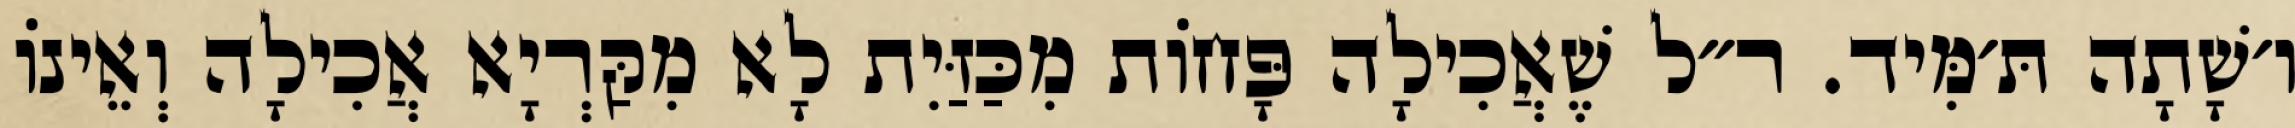
ו׳שָׁתָה תּ׳מִּיד. ר״ל שֶׁאֲכִילָה פָּחוֹת מִכַּזַּיִת לָא מִקַּרְיָא אֲכִילָה וְאֵינוֹ